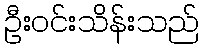
ဦးဝင်းသိန်းသည်